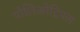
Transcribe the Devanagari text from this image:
पोलिओट्रिपल